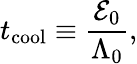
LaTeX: t_{\mathrm{cool}}\equiv\frac{\mathcal{E}_{0}}{\Lambda_{0}},